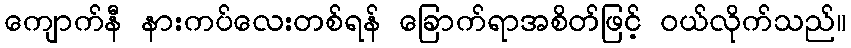
ကျောက်နီ နားကပ်လေးတစ်ရန် ခြောက်ရာအစိတ်ဖြင့် ဝယ်လိုက်သည်။